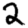
Digit: 2